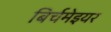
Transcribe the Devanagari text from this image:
बिर्चमेइयर